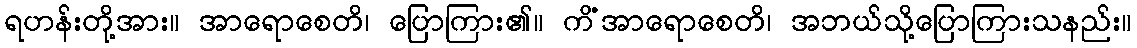
ရဟန်းတို့အား။ အာရောစေတိ၊ ပြောကြား၏။ ကိံအာရောစေတိ၊ အဘယ်သို့ပြောကြားသနည်း။